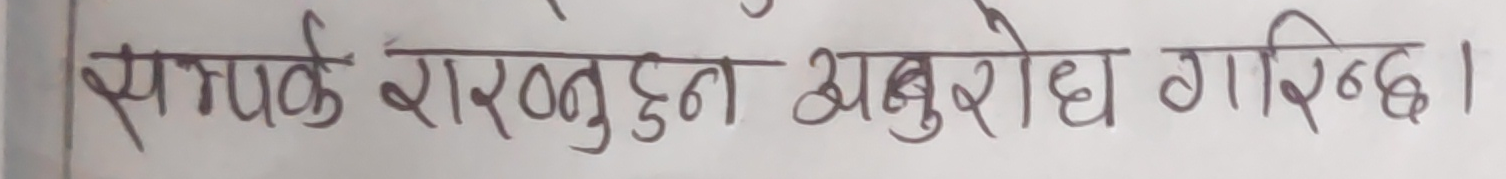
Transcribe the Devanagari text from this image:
सम्पर्क राख्नुहुन अनुरोध गरिन्छ।